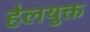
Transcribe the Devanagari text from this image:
हेलयुक्त